Vaccination returns of the Province of Eastern Bengal and Assam - 1905-1912
Year: 1905
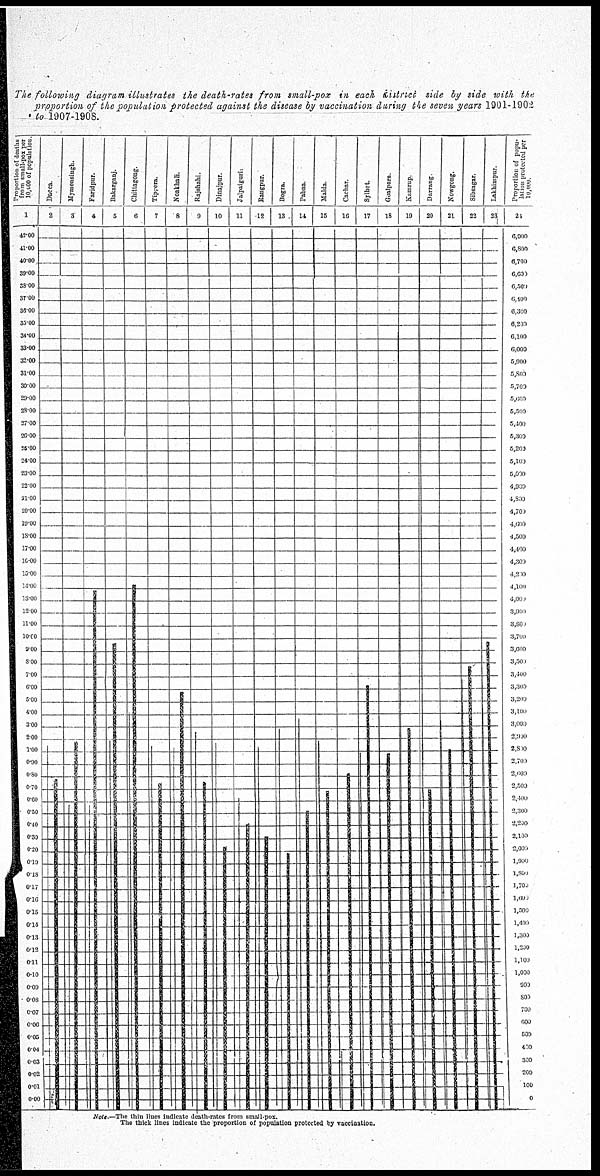
The following diagram illustrates the death-rates from small-pox in each district side by side with the
proportion of the population protected against the disease by vaccination during the seven years 1901-1902
to 1907-1908.
Note.—The thin lines indicate death-rates from small-pox.
The thick lines indicate the proportion of population protected by vaccination.